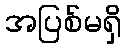
အပြစ်မရှိ